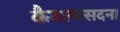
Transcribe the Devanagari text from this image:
कैवल्यसदना